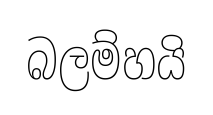
බලම්හයි